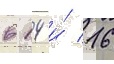
в 14 и́ 16